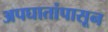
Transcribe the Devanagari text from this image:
अपघातांपासून